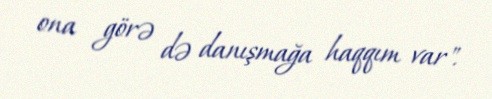
ona görə də danışmağa haqqım var".